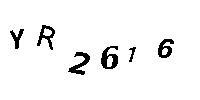
YR2616